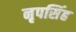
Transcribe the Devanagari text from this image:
नृपसिंह